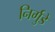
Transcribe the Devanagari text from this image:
निर्गुडे